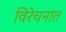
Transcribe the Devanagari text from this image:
विरेचनात